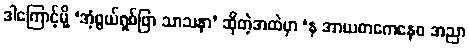
ဒါကြောင့်မို့ ‘အံ့ဖွယ်ရှစ်ဖြာ သာသနာ’ ဆိုတဲ့အထဲမှာ ‘န အာယတကေနေဝ အညာ